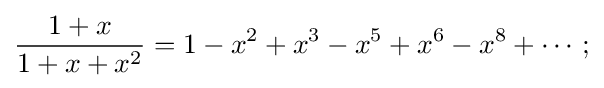
{\frac {1+x}{1+x+x^{2}}}=1-x^{2}+x^{3}-x^{5}+x^{6}-x^{8}+\cdots ;